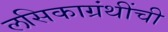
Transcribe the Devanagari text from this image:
लसिकाग्रंथींची